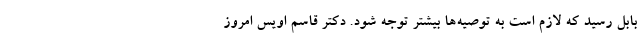
بابل رسید که لازم است به توصیه‌ها بیشتر توجه شود. دکتر قاسم اویس امروز